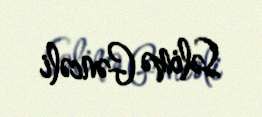
Səlimə Gəncəli